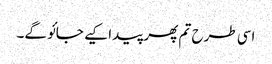
اسی طرح تم پھر پیدا کیے جائو گے۔